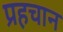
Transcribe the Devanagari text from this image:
प्रहचान